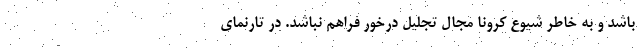
باشد و به خاطر شیوع کرونا مجال تجلیل درخور فراهم نباشد. در تارنمای